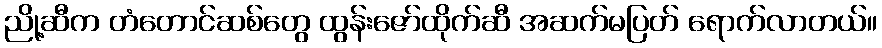
ညို့ဆီက တံတောင်ဆစ်တွေ ထွန်းဇော်ထိုက်ဆီ အဆက်မပြတ် ရောက်လာတယ်။